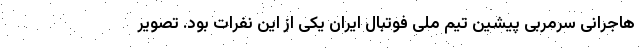
هاجرانی سرمربی پیشین تیم ملی فوتبال ایران یکی از این نفرات بود. تصویر